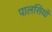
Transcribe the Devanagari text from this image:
पालसियों